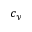
c _ { y }